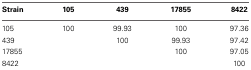
| Strain | 105 | 439 | 17855 | 8422 |
 | --- | --- | --- | --- | --- |
 | 105 | 100 | 99.93 | 100 | 97.36 |
 | 439 |  | 100 | 99.93 | 97.42 |
 | 17855 |  |  | 100 | 97.05 |
 | 8422 |  |  |  | 100 |